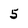
Character: 5